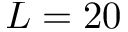
L = 2 0